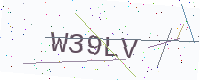
Text: W39LV